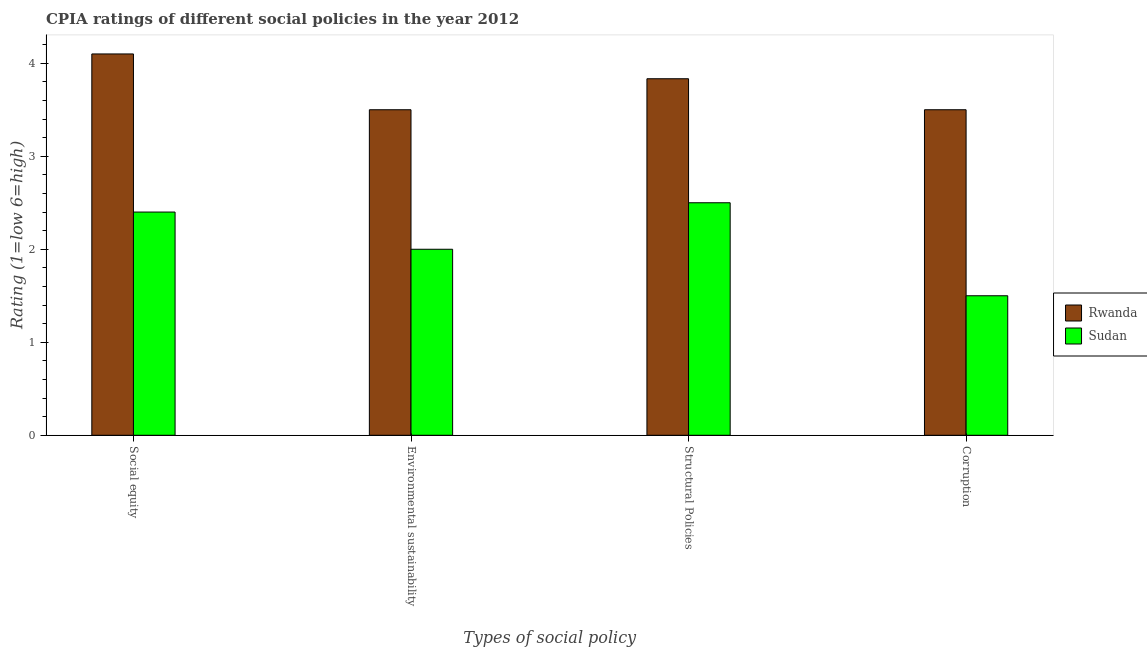
| Types of social policy | Rwanda | Sudan |
 | --- | --- | --- |
 | Social equity | 4.1 | 2.4 |
 | Environmental sustainability | 3.5 | 2 |
 | Structural Policies | 3.83 | 2.5 |
 | Corruption | 3.5 | 1.5 |